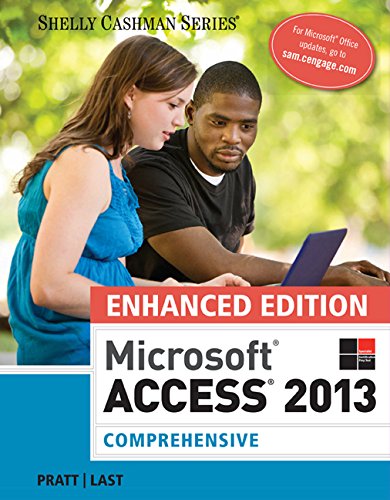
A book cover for Enhanced Microsoft Access 2013: Comprehensive (Microsoft Office 2013 Enhanced Editions); Philip J. Pratt; Computers & Technology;